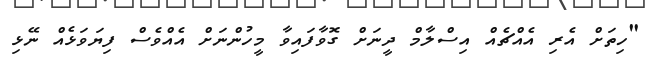
"ހިތަށް އެރި އެއްޗެއް އިސްލާމް ދީނަށް ގޮވާފައިވާ މީހުންނަށް އެއްވެސް ފިޔަވަޅެއް ނޭޅި